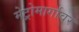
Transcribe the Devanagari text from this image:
मेट्रोमार्गावर